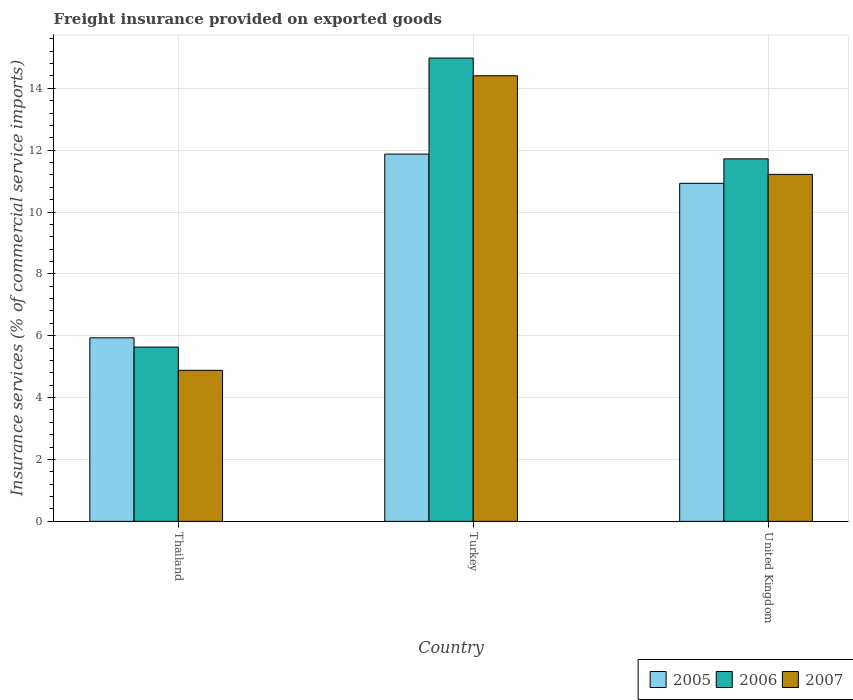
| Country | 2005 | 2006 | 2007 |
 | --- | --- | --- | --- |
 | Thailand | 5.93 | 5.63 | 4.88 |
 | Turkey | 11.9 | 15 | 14.4 |
 | United Kingdom | 10.9 | 11.7 | 11.2 |